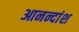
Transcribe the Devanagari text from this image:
आनन्दांश